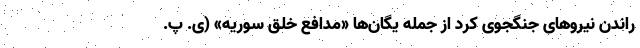
راندن نیروهای جنگجوی کُرد از جمله یگان‌ها «مدافع خلق سوریه» (ی. پ.